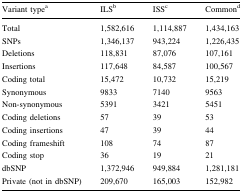
<table><thead><tr><td><b>Variant type<sup>a</sup></b></td><td><b>ILS<sup>b</sup></b></td><td><b>ISS<sup>c</sup></b></td><td><b>Common<sup>d</sup></b></td></tr></thead><tbody><tr><td>Total</td><td>1,582,616</td><td>1,114,887</td><td>1,434,163</td></tr><tr><td>SNPs</td><td>1,346,137</td><td>943,224</td><td>1,226,435</td></tr><tr><td>Deletions</td><td>118,831</td><td>87,076</td><td>107,161</td></tr><tr><td>Insertions</td><td>117,648</td><td>84,587</td><td>100,567</td></tr><tr><td>Coding total</td><td>15,472</td><td>10,732</td><td>15,219</td></tr><tr><td>Synonymous</td><td>9833</td><td>7140</td><td>9563</td></tr><tr><td>Non-synonymous</td><td>5391</td><td>3421</td><td>5451</td></tr><tr><td>Coding deletions</td><td>57</td><td>39</td><td>53</td></tr><tr><td>Coding insertions</td><td>47</td><td>39</td><td>44</td></tr><tr><td>Coding frameshift</td><td>108</td><td>74</td><td>87</td></tr><tr><td>Coding stop</td><td>36</td><td>19</td><td>21</td></tr><tr><td>dbSNP</td><td>1,372,946</td><td>949,884</td><td>1,281,181</td></tr><tr><td>Private (not in dbSNP)</td><td>209,670</td><td>165,003</td><td>152,982</td></tr></tbody></table>